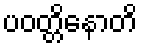
ပဝတ္တိနောတိ